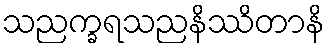
သညက္ခရသညနိဿိတာနိ